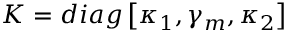
K = d i a g \left[ \kappa _ { 1 } , \gamma _ { m } , \kappa _ { 2 } \right]